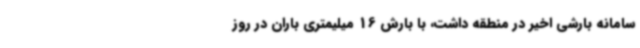
سامانه بارشی اخیر در منطقه داشت، با بارش 16 میلیمتری باران در روز